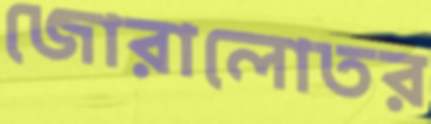
জোরালোতর